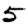
Digit: 5